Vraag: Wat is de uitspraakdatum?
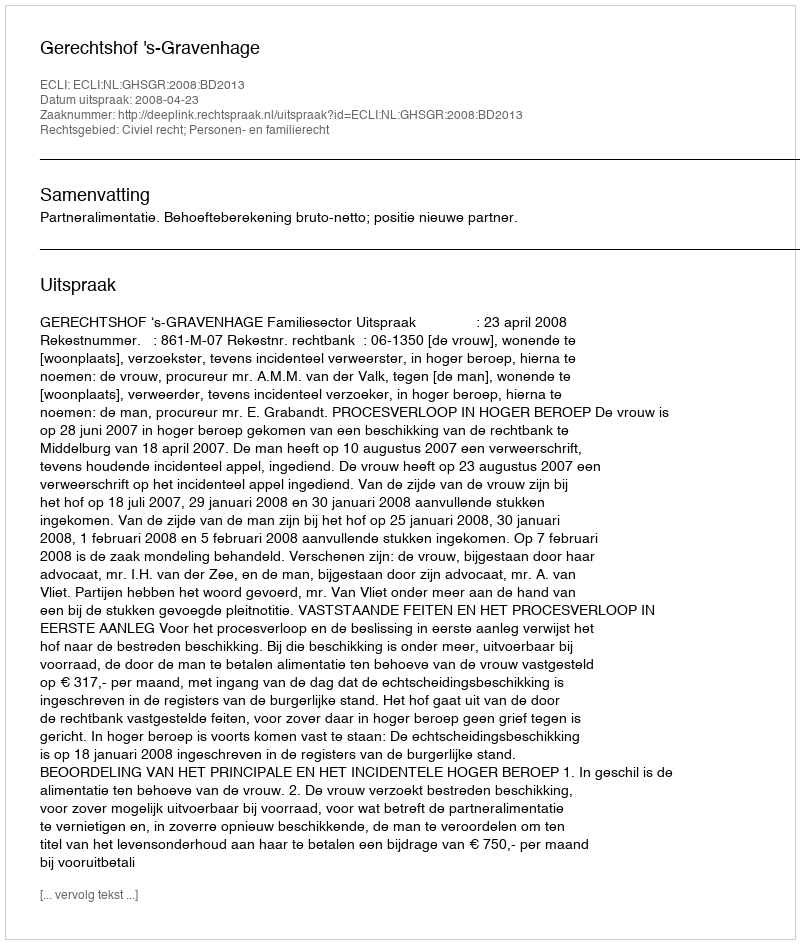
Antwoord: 2008-04-23